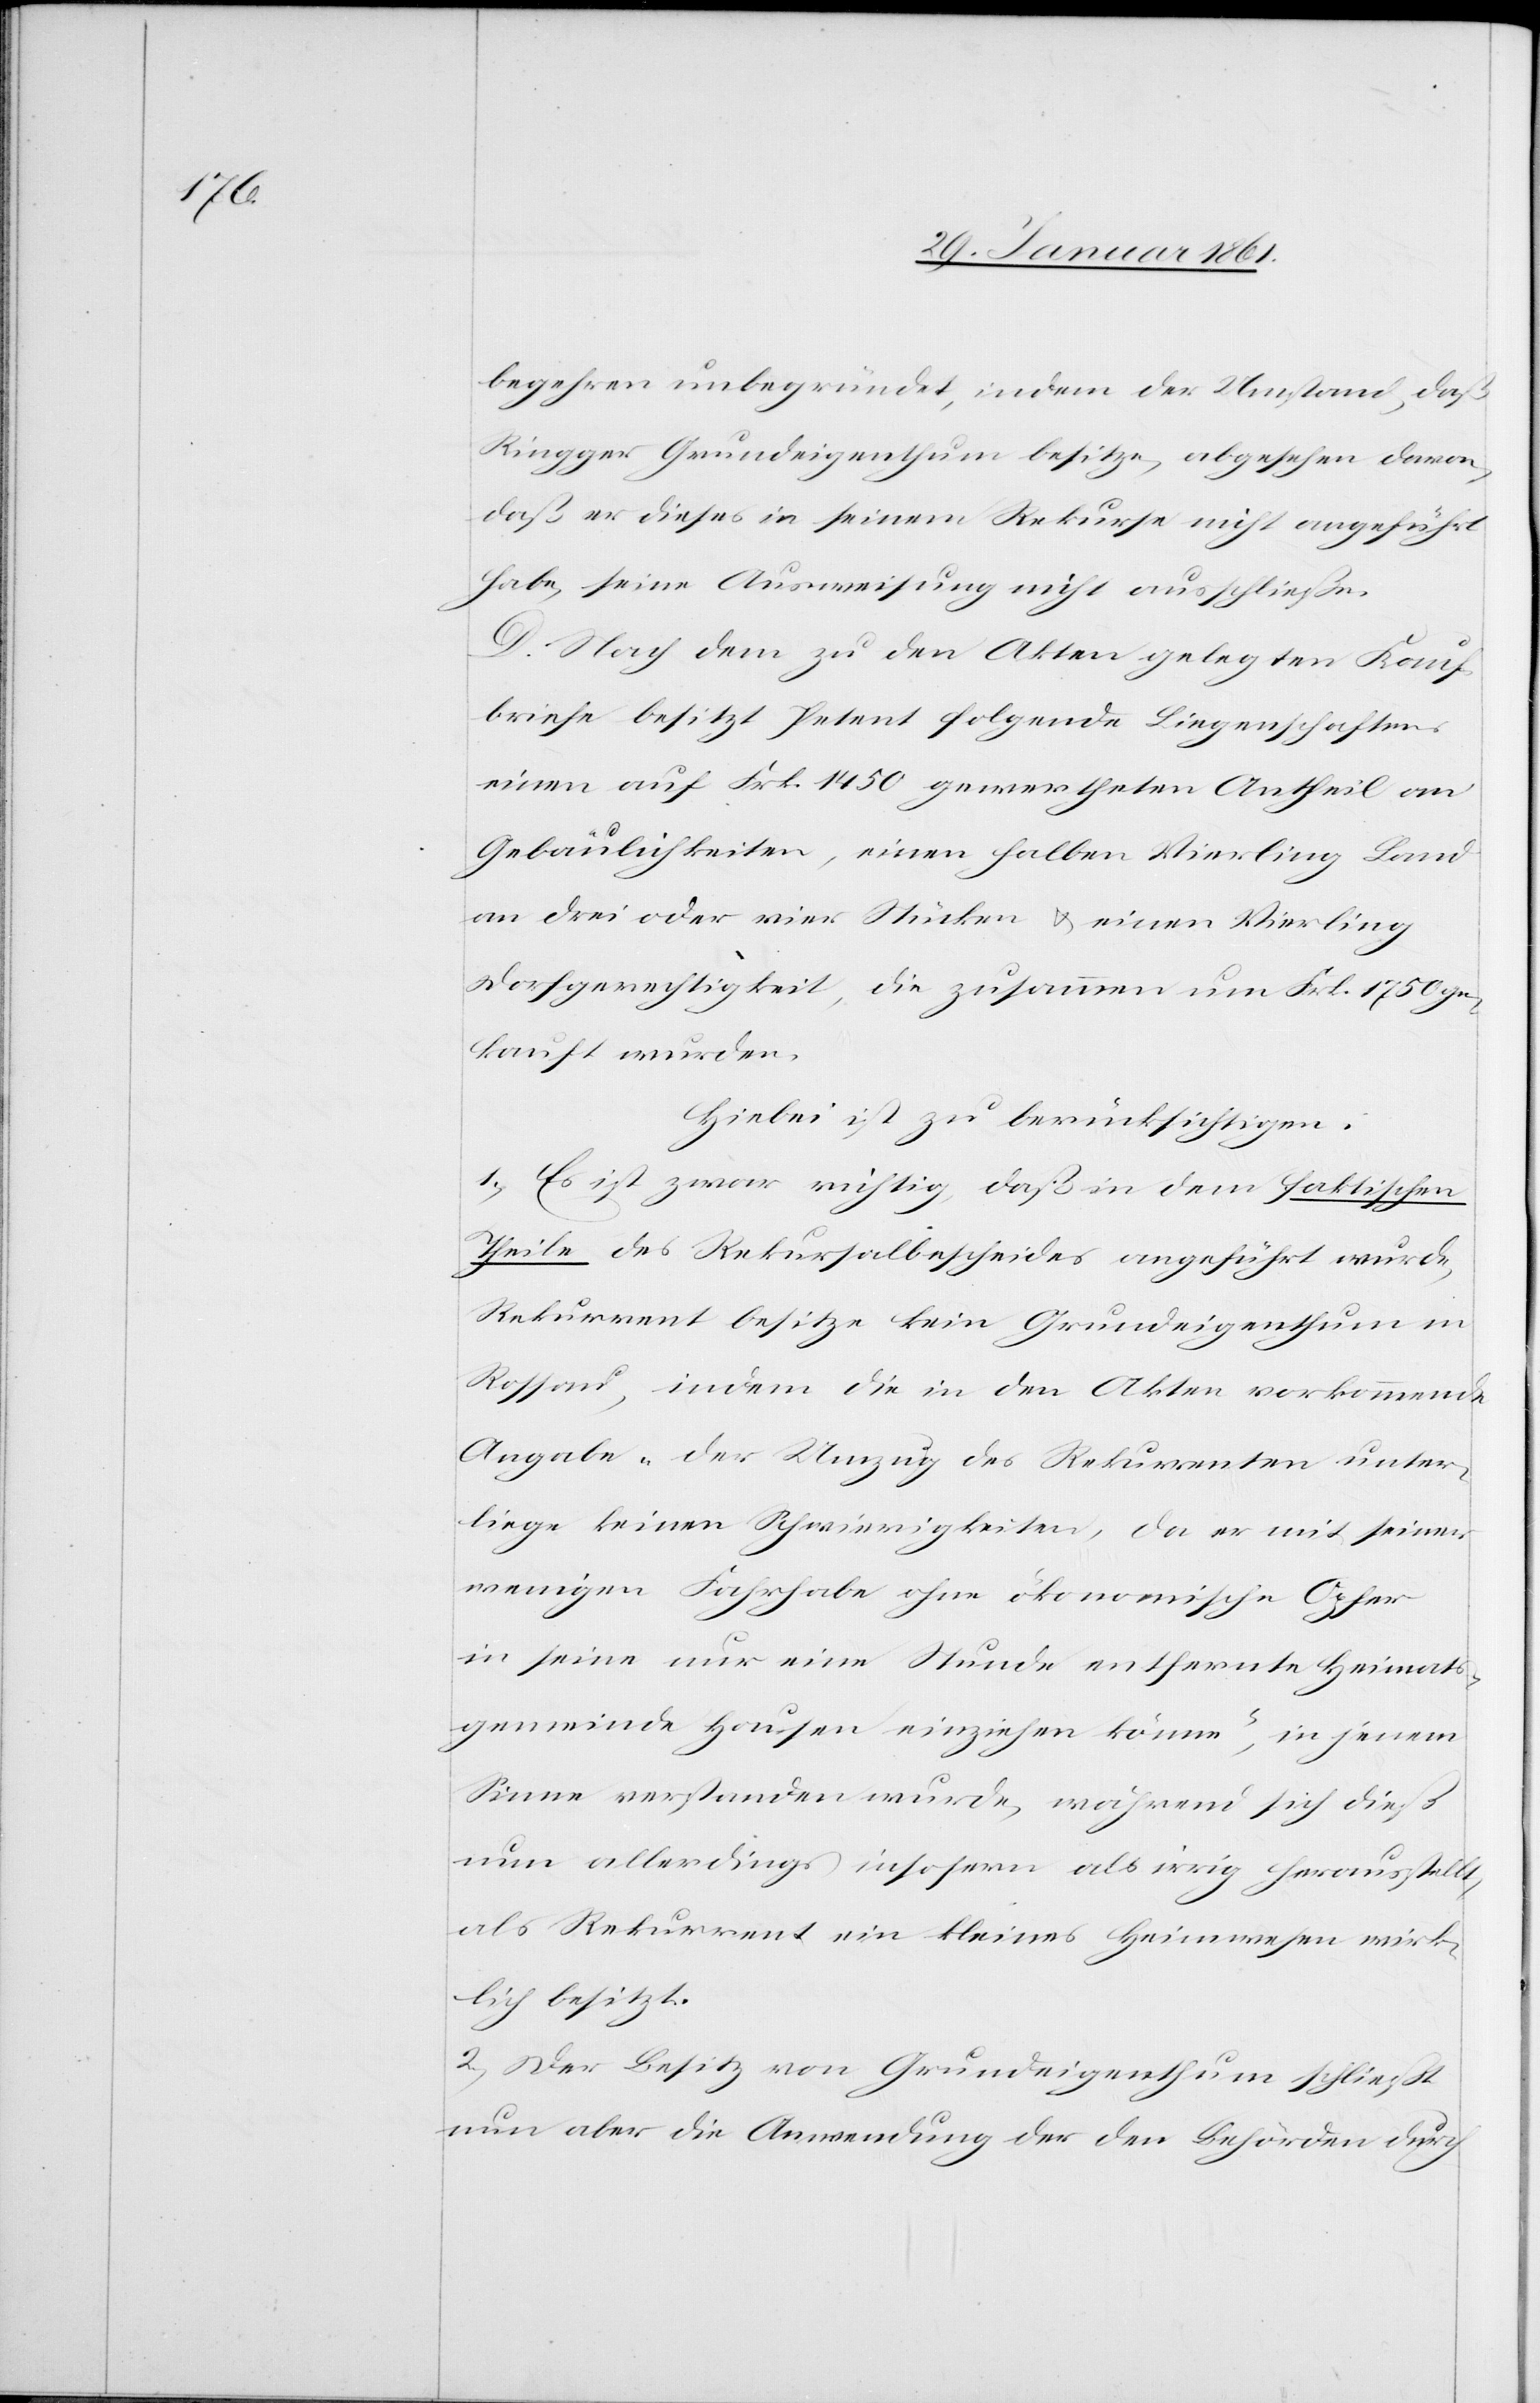
begehren unbegründet, indem der Umstand, daß
Ringger Grundeigenthum besitze, abgesehen davon,
daß er dieses in seinem Rekurse nicht angeführt
habe, seine Ausweisung nicht ausschließe.
D. Nach dem zu den Akten gelegten Kauf¬
briefe besitzt Petent folgende Liegenschaften:
einen auf Frk. 1450 gewertheten Antheil an
Gebäulichkeiten, einen halben Vierling Land
an drei oder vier Stücken u. einen Vierling
Dorfgerechtigkeit, die zusammen um Frk. 1750 ge¬
kauft wurden.
Hiebei ist zu berücksichtigen.
1) Es ist zwar richtig, daß in dem faktischen
Theile des Rekursalbescheides angeführt wurde,
Rekurrent besitze kein Grundeigenthum in
Rossau, indem die in den Akten vorkommende
Angabe „der Umzug des Rekurrenten unter¬
liege keinen Schwierigkeiten, da er mit seiner
wenigen Fahrhabe ohne ökonomische Opfer
in seine nur eine Stunde entfernte Heimats¬
gemeinde Hausen einziehen könne“, in jenem
Sinne verstanden wurde, während sich dieß
nun allerdings insofern als irrig herausstellt,
als Rekurrent ein kleines Heimwesen wirk¬
lich besitzt.
2) Der Besitz von Grundeigenthum schliesst
nun aber die Anwendung der den Behörden durch